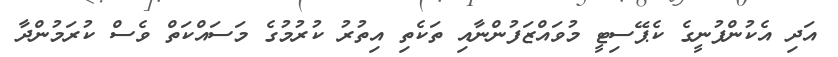
އަދި އެކުންފުނީގެ ކެޕޭސިޓީ މުވައްޒަފުންނާއި ތަކެތި އިތުރު ކުރުމުގެ މަސައްކަތް ވެސް ކުރަމުންދާ